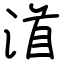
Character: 渞